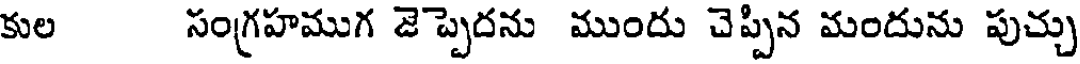
కుల సంగ్రహముగ జెప్పెదను ముందు చెప్పిన మందును పుచ్చు